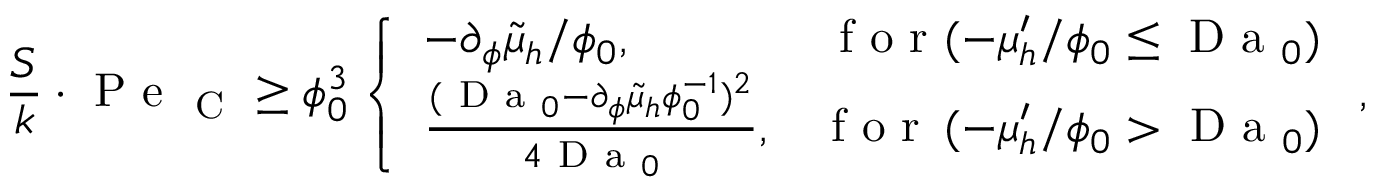
\frac { S } { k } \cdot \mathrm { ~ P ~ e ~ } _ { \mathrm { ~ C ~ } } \geq \phi _ { 0 } ^ { 3 } \left\{ \begin{array} { l l } { - \partial _ { \phi } \tilde { \mu } _ { h } / \phi _ { 0 } , } & { \, \mathrm { ~ f ~ o ~ r ~ } ( - \mu _ { h } ^ { \prime } / \phi _ { 0 } \leq \mathrm { ~ D ~ a ~ } _ { 0 } ) } \\ { \frac { ( \mathrm { ~ D ~ a ~ } _ { 0 } - \partial _ { \phi } \tilde { \mu } _ { h } \phi _ { 0 } ^ { - 1 } ) ^ { 2 } } { 4 \mathrm { ~ D ~ a ~ } _ { 0 } } , } & { \mathrm { ~ f ~ o ~ r ~ } \, ( - \mu _ { h } ^ { \prime } / \phi _ { 0 } > \mathrm { ~ D ~ a ~ } _ { 0 } ) } \end{array} \right. ,